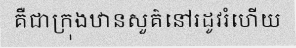
គឺជាក្រុងឋានសួគ៌នៅរដូវរំហើយ